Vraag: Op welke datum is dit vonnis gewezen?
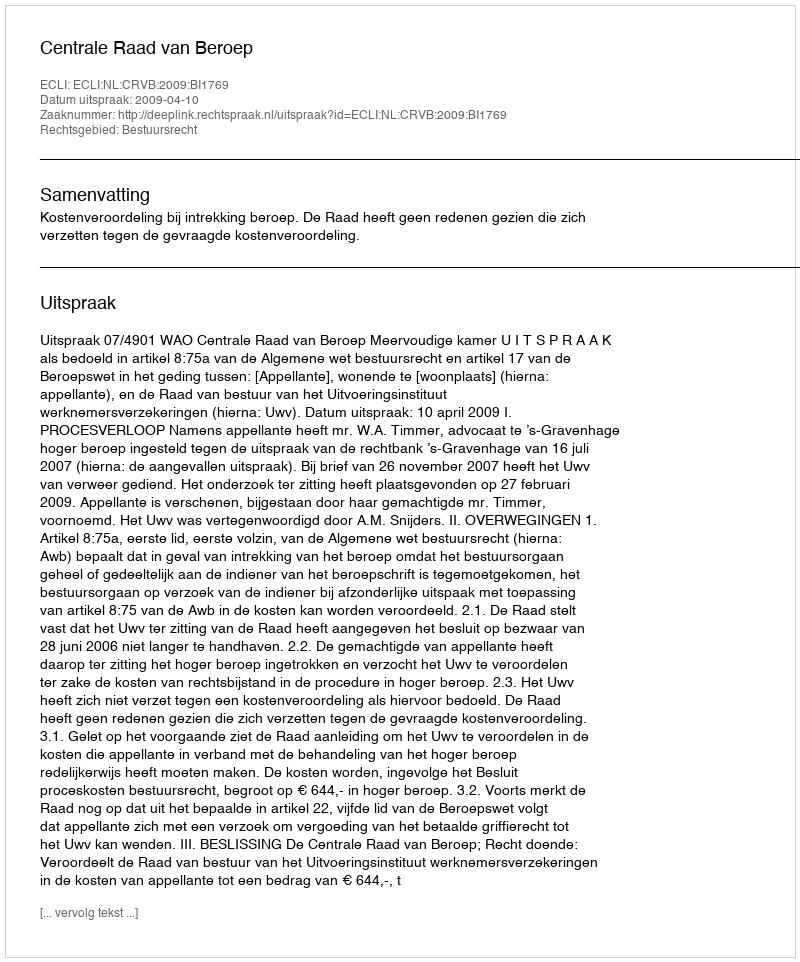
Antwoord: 2009-04-10